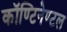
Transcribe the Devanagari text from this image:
कॉण्टिनेण्टल